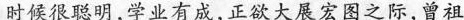
时候很聪明，学业有成，正欲大展宏图之际，曾祖